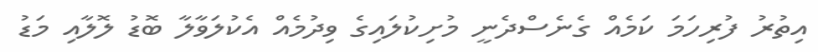
އިތުރު ފުރިހަމަ ކަމެއް ގެނެސްދެނީ މުށިކުލައިގެ ވިދުމެއް އެކުލަވާލާ ބޮޑު ލޮލާއި މަޑު